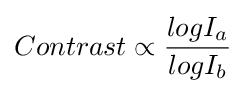
Contrast\propto {\frac {logI_{a}}{logI_{b}}}